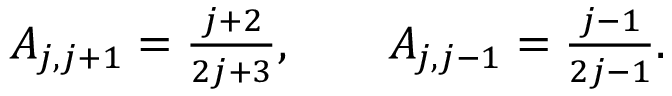
\begin{array} { r } { A _ { j , j + 1 } = \frac { j + 2 } { 2 j + 3 } , \qquad A _ { j , j - 1 } = \frac { j - 1 } { 2 j - 1 } . } \end{array}